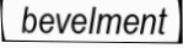
bevelment